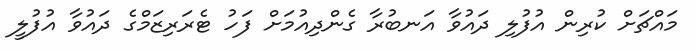
މައްޗަށް ކުރިން އުފުލި ދައުވާ އަނބުރާ ގެންދިއުމަށް ފަހު ޓެރަރިޒަމްގެ ދައުވާ އުފުލީ